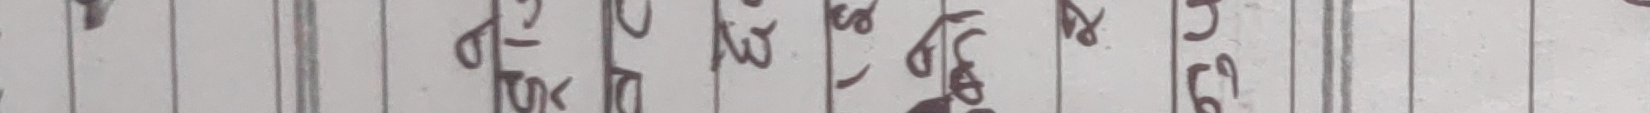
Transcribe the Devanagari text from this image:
१०६ ३४१. ६९